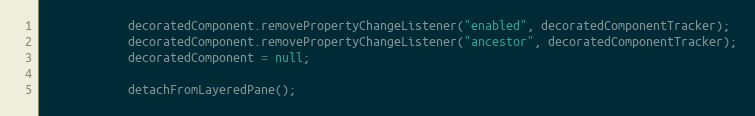
Language: Java
            decoratedComponent.removePropertyChangeListener("enabled", decoratedComponentTracker);
            decoratedComponent.removePropertyChangeListener("ancestor", decoratedComponentTracker);
            decoratedComponent = null;

            detachFromLayeredPane();